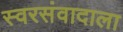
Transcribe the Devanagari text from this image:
स्वरसंवादाला